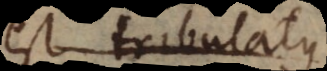
non tribulatus